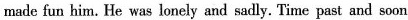
made fun him. He was lonely and sadly. Time past and soon